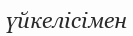
үйкелісімен